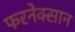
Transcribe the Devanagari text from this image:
फरनेक्सान